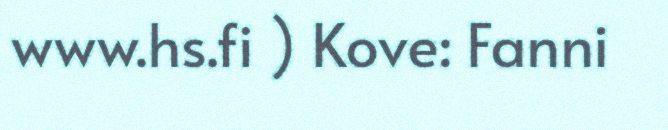
www.hs.fi ) Kove: Fanni